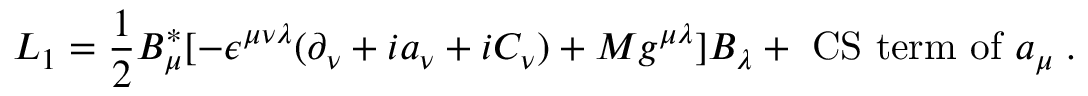
{ \cal L } _ { 1 } = \frac { 1 } { 2 } B _ { \mu } ^ { * } [ - \epsilon ^ { \mu \nu \lambda } ( \partial _ { \nu } + i a _ { \nu } + i C _ { \nu } ) + M g ^ { \mu \lambda } ] B _ { \lambda } + \mathrm { ~ C S ~ t e r m ~ o f } ~ a _ { \mu } \; .